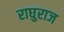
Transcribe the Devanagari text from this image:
राघुराज